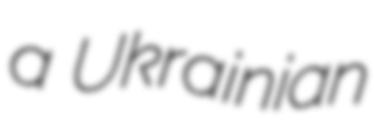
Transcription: a Ukrainian